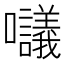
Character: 𡅷